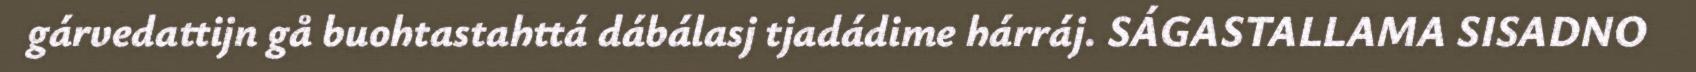
gárvedattijn gå buohtastahttá dábálasj tjadádime hárráj. SÁGASTALLAMA SISADNO